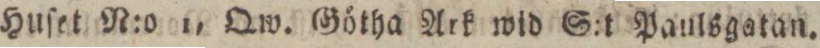
Huſet N:o 1, Qw. Götha Ark wid S:t Paulsgatan.